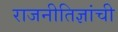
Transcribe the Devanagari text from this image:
राजनीतिज्ञांची